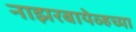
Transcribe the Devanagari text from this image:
नाझरबायेव्हच्या